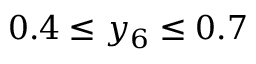
0 . 4 \leq y _ { 6 } \leq 0 . 7